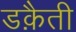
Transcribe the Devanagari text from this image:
डक़ैती